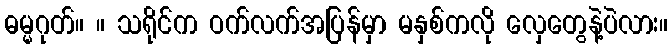
ဓမ္မဂုတ်။ ။ သရိုင်က ဝက်လက်အပြန်မှာ မနှစ်ကလို လှေတွေနဲ့ပဲလား။